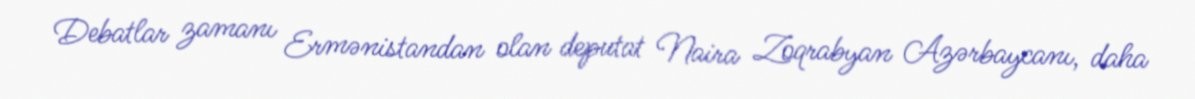
Debatlar zamanı Ermənistandan olan deputat Naira Zoqrabyan Azərbaycanı, daha